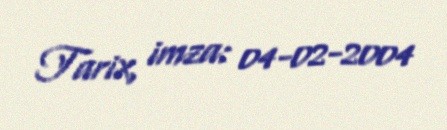
Tarix, imza: 04-02-2004